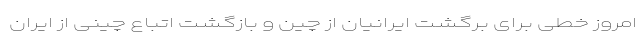
امروز خطی برای برگشت ایرانیان از چین و بازگشت اتباع چینی از ایران